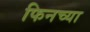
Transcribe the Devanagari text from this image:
फिनच्या